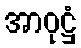
အာဝုဋ္ဌံ